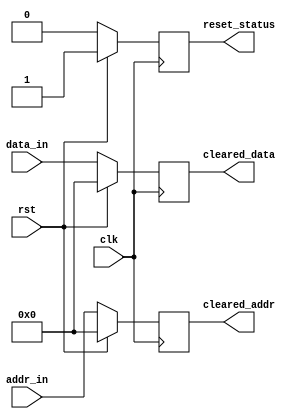
module sync_reset_detector (
    input wire clk,              // Main clock signal
    input wire rst,              // Reset control signal
    input wire [7:0] data_in,    // Example memory block data input
    input wire [7:0] addr_in,    // Example memory block address input
    output reg reset_status,      // Reset status output
    output reg [7:0] cleared_data, // Cleared signals output
    output reg [7:0] cleared_addr  // Cleared address output
);

    // Synchronous reset logic
    always @(posedge clk) begin
        if (rst) begin
            // If reset is asserted, clear the memory signals
            cleared_data <= 8'b0;    // Set data to zero
            cleared_addr <= 8'b0;     // Set address to zero
            reset_status <= 1'b1;     // Indicate that reset is active
        end else begin
            // Normal operation
            cleared_data <= data_in;  // Retain data input when not resetting
            cleared_addr <= addr_in;   // Retain address input when not resetting
            reset_status <= 1'b0;       // Indicate that reset is inactive
        end
    end

endmodule